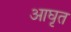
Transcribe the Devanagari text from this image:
आघृत